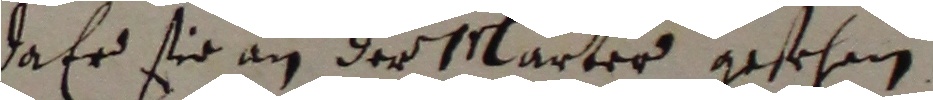
da er sie an der Marter gesehen.